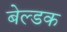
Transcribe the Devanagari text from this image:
बेल्डक